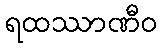
ရထဿာဏီဝ